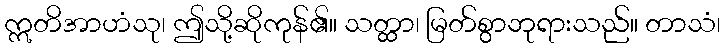
ဣတိအာဟံသု၊ ဤသို့ဆိုကုန်၏။ သတ္ထာ၊ မြတ်စွာဘုရားသည်။ တာသံ၊